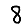
Digit: 8